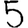
Digit: 5